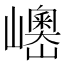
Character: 𱜓